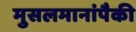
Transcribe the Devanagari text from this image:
मुसलमानांपैकी